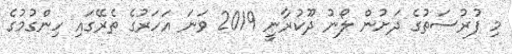
މި ފުރުސަތުގެ ދަށުން ލޯނު ދޫކުރާނީ 2019 ވަނަ އަހަރުގެ ތެރޭގައި ހިންގުމުގެ